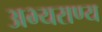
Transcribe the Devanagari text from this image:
अभ्‍यराण्‍य